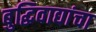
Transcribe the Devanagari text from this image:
बुद्धिवाद्यांचा